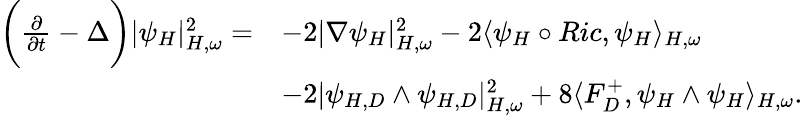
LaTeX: \begin{array}{rl}{\bigg(\frac{\partial}{\partial t}-\Delta\bigg)|\psi_{H}|_{H,\omega}^{2}=}&{-2|\nabla\psi_{H}|_{H,\omega}^{2}-2\langle\psi_{H}\circ Ric,\psi_{H}\rangle_{H,\omega}}\\ &{-2|\psi_{H,D}\wedge\psi_{H,D}|_{H,\omega}^{2}+8\langle F_{D}^{+},\psi_{H}\wedge\psi_{H}\rangle_{H,\omega}.}\end{array}